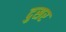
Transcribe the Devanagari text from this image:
दुसर